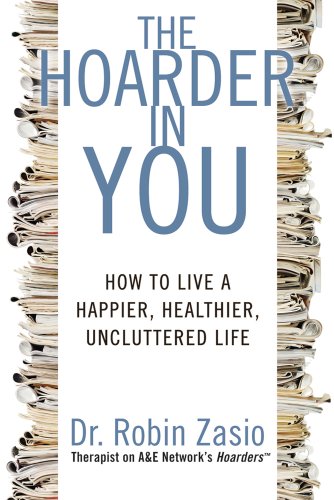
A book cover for The Hoarder in You: How to Live a Happier, Healthier, Uncluttered Life; Robin Zasio; Health, Fitness & Dieting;